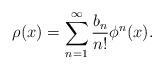
LaTeX: \begin{align*} \rho(x) &= \sum_{n=1}^\infty \frac{b_n}{n!} \phi^n(x).\end{align*}